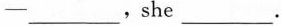
—___，she___.